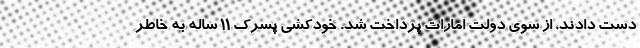
دست دادند، از سوی دولت امارات پرداخت شد. خودکشی پسرک 11 ساله به خاطر